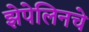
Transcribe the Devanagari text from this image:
झेपेलिनचे